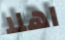
اهلا